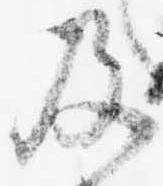
及